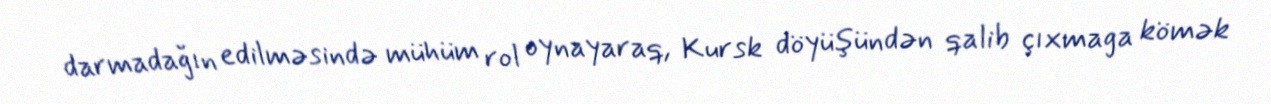
darmadağın edilməsində mühüm rol oynayaraq, Kursk döyüşündən qalib çıxmaga kömək